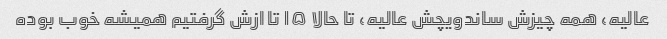
عالیه، همه چیزش ساندویچش عالیه، تا حالا ۱۵ تا ازش گرفتیم همیشه خوب بوده